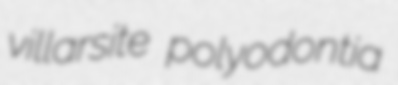
villarsite polyodontia